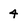
Character: 4